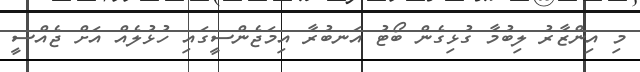
މި އިންޒާރު ލިބުމާ ގުޅިގެން ބޯޓު އަނބުރާ އިމަޖެންސީގައި ހުޅުލެއް އަށް ޖެއްސީ